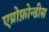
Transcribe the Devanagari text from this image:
एप्रोफ़ोन्डीस